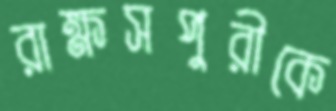
রাক্ষসপুরীকে